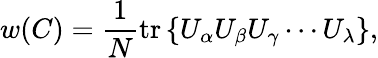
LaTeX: w(C)=\frac{1}{N}\mathrm{tr}\left\{ U_{\alpha}U_{\beta}U_{\gamma}\cdots U_{\lambda}\right\} ,